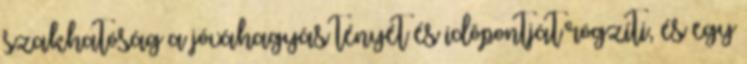
szakhatóság a jóváhagyás tényét és idõpontját rögzíti, és egy